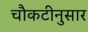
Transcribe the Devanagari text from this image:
चौकटीनुसार